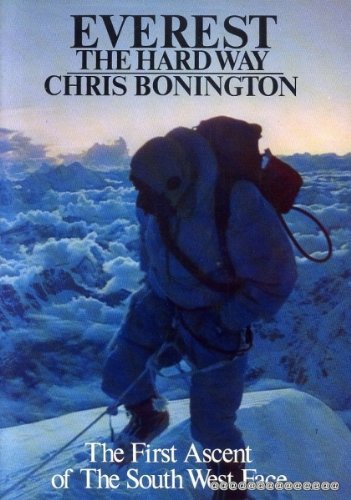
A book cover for EVEREST,THE HARD WAY; Chris Bonington; Sports & Outdoors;